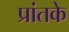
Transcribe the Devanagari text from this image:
प्रांतके